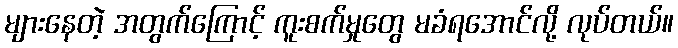
များနေတဲ့ အတွက်ကြောင့် ကူးစက်မှုတွေ မခံရအောင်လို့ လုပ်တယ်။